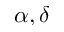
\alpha , \delta